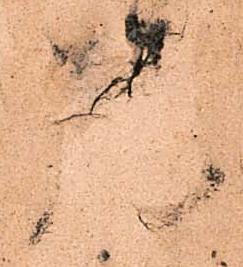
先